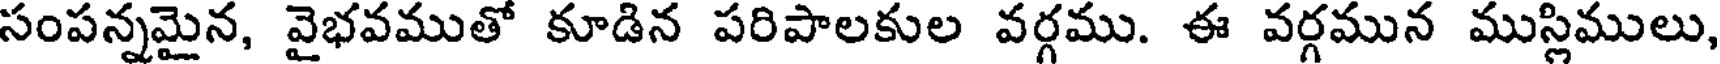
సంపన్నమైన, వైభవముతో కూడిన పరిపాలకుల వర్గము. ఈ వర్గమున ముస్లిములు,